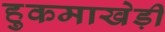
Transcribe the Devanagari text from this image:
हुकमाखेड़ी